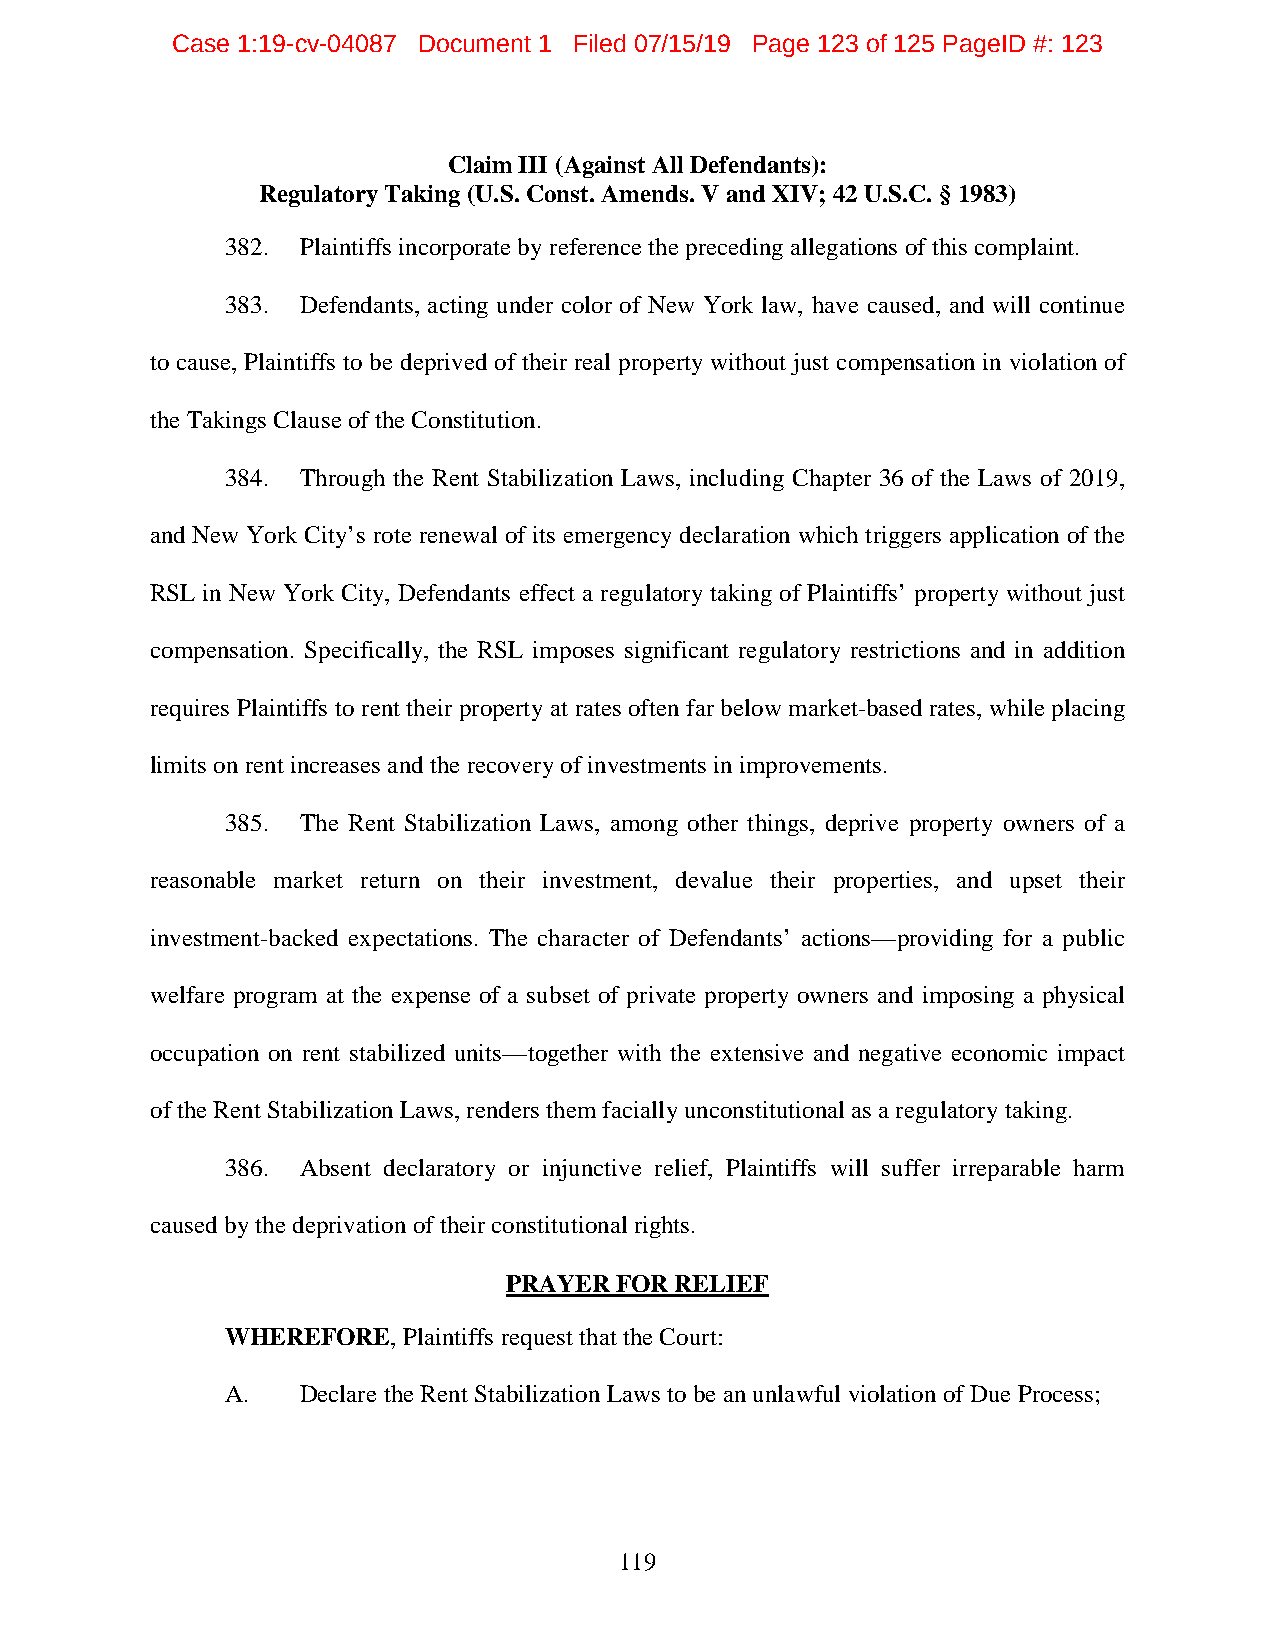
Case 1:19-cv-04087 Document 1 Filed 07/15/19 Page 123 of 125 PageID #: 123
 Claim III (Against All Defendants):
 Regulatory Taking (U.S. Const. Amends. V and XIV; 42 U.S.C. § 1983)
 382. Plaintiffs incorporate by reference the preceding allegations of this complaint.
 383. Defendants, acting under color of New York law, have caused, and will continue
 to cause, Plaintiffs to be deprived of their real property without just compensation in violation of
 the Takings Clause of the Constitution.
 384. Through the Rent Stabilization Laws, including Chapter 36 of the Laws of 2019,
 and New York City’s rote renewal of its emergency declaration which triggers application of the
 RSL in New York City, Defendants effect a regulatory taking of Plaintiffs’ property without just
 compensation. Specifically, the RSL imposes significant regulatory restrictions and in addition
 requires Plaintiffs to rent their property at rates often far below market-based rates, while placing
 limits on rent increases and the recovery of investments in improvements.
 385. The Rent Stabilization Laws, among other things, deprive property owners of a
 reasonable market return on their investment, devalue their properties, and upset their
 investment-backed expectations. The character of Defendants’ actions—providing for a public
 welfare program at the expense of a subset of private property owners and imposing a physical
 occupation on rent stabilized units—together with the extensive and negative economic impact
 of the Rent Stabilization Laws, renders them facially unconstitutional as a regulatory taking.
 386. Absent declaratory or injunctive relief, Plaintiffs will suffer irreparable harm
 caused by the deprivation of their constitutional rights.
 PRAYER FOR RELIEF
 WHEREFORE,  Plaintiffs request that the Court:
 A.   Declare the Rent Stabilization Laws to be an unlawful violation of Due Process;
 119